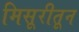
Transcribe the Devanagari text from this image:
मिसूरीतून